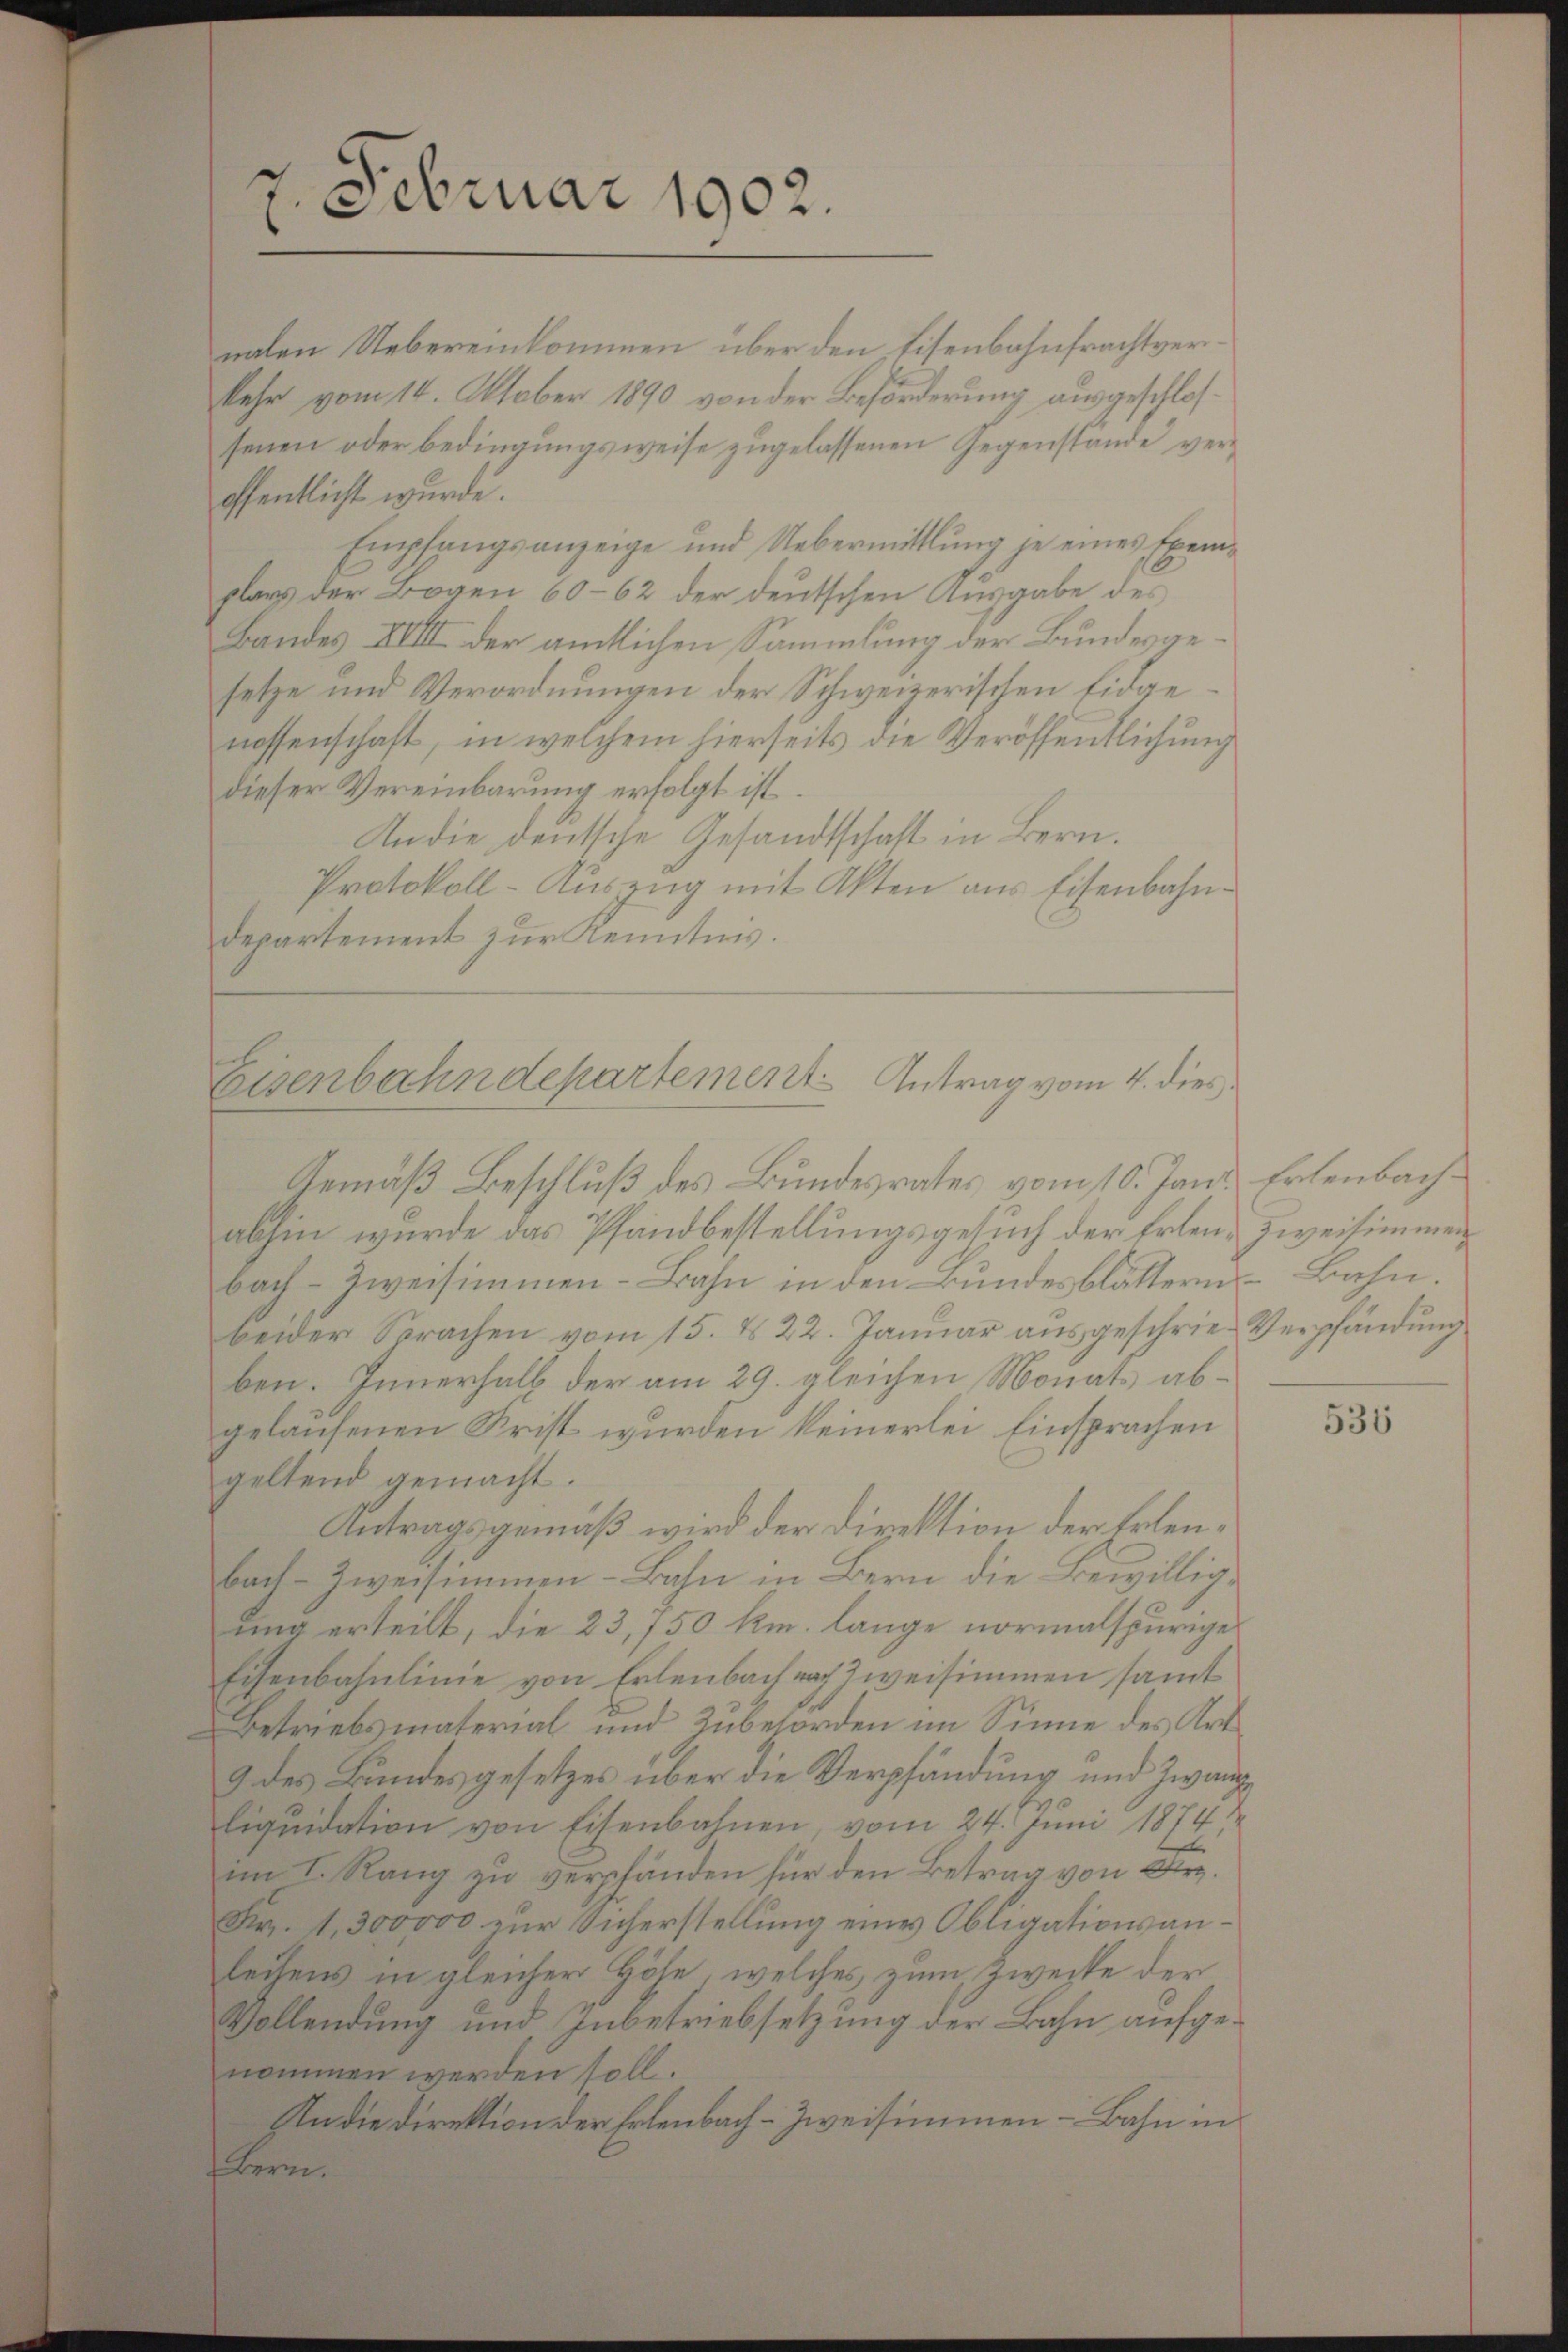
7. Februar 1902.

Eisenbehndepartement Antrag vom 4. dies

nalen Uebereinkommen über den Eisenbahnfrachtverkehr vom 14. Oktober 1890 von der Beförderung ausgeschlossenen oder bedingungsweise zugelassenen Gegenstände veröffentlicht wurde.
Empfangsanzeige und Uebermittlung je eines Exemplanz der Bogen 60–62 der deutschen Ausgabe des
Bandes XVIII der amtlichen Sammlung der Bundesgesetze und Verordnungen der Schweizerischen Eidgenossenschaft, in welchem hierseits die Veröffentlichung
dieser Vereinbarung erfolgt ist.
An die deutsche Gesandtschaft in Bern.
Protokoll-Auszug mit Akten aus Eisenbahndepartement zur Kenntnis.

Gemäß Beschluß des Bundesrates vom 10. Jani
abhin wurde das Pfandbestellungsgesuch der Erlenbach Zweisimmen-Bahn in den Bundesblättern Bahn.
beider Sprachen vom 15. d. 22. Januar ausgeschrie Verpfändung
ben. Innerhalb der am 29. gleichen Monats abgelaufenen Krist wurden keinerlei Einsprachen
geltend gemacht.
Antragsgemäß wird der Direktion der Erlenbach-Zweisimmen-Bahn in Bern die Bewilligung erteilt, die 23,150 km. lange normalspurige
Eisenbahnlinie von Erlenbach nach Zweisimmen, samt
Betriebsmaterial und Zubehörden im Sinne des Art
9 des Bundesgesetzes über die Verpfändung und Zwangliquidation von Eisenbahnen, vom 24. Juni 1874
im S. Rang zu verpfänden für den Betrag von Dr.
Fr. 1,300000 zur Sicherstellung eines Obligationsanlechens in gleicher Höhe, welches zum Zwecke der
Vollendung und Inbetriebsetzung der Bahn aufgenommen werden soll.
An die Direktion der Erlenbach-Zweisimmen - Bahn in
Bern.

Erlenbach.
zweifimmen

536